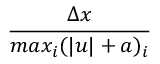
\frac { \Delta x } { m a x _ { i } ( | u | + a ) _ { i } }